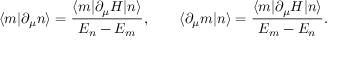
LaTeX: \langle m | \partial _ { \mu } n \rangle = { \frac { \langle m | \partial _ { \mu } H | n \rangle } { E _ { n } - E _ { m } } } , \qquad \langle \partial _ { \mu } m | n \rangle = { \frac { \langle m | \partial _ { \mu } H | n \rangle } { E _ { m } - E _ { n } } } .